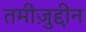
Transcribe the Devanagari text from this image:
तमीज़ुद्दीन